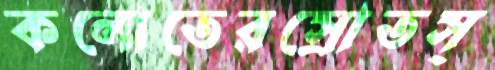
কলোতেরস্রোতস্